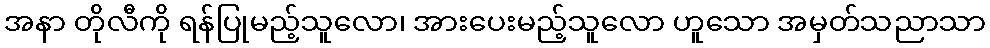
အနာ တိုလီကို ရန်ပြုမည့်သူလော၊ အားပေးမည့်သူလော ဟူသော အမှတ်သညာသာ